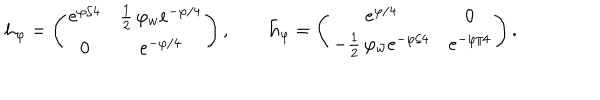
{ \bf h _ { \varphi } } = \left( \begin{array} { c c } { { e ^ { \varphi / 4 } } } & { { { \frac { 1 } { 2 } } \, \varphi _ { w } e ^ { - \varphi / 4 } } } \\ { { 0 } } & { { e ^ { - \varphi / 4 } } } \\ \end{array} \right) , \qquad { \bf \bar { h } _ { \varphi } } = \left( \begin{array} { c c } { { e ^ { \varphi / 4 } } } & { { 0 } } \\ { { - { \frac { 1 } { 2 } } \, \varphi _ { \bar { w } } e ^ { - \varphi / 4 } } } & { { e ^ { - \varphi / 4 } } } \\ \end{array} \right) .